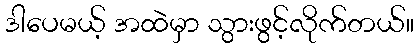
ဒါပေမယ့် အထဲမှာ သွားဖွင့်လိုက်တယ်။